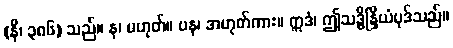
(နိ၊ ၃၈၆) သည်။ န၊ မဟုတ်။ ပန၊ အဟုတ်ကား။ ဣဒံ၊ ဤသဒ္ဓိန္ဒြိယံပုဒ်သည်။